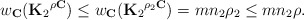
\begin{align*}w_{\mathbf{C}}({\mathbf{K}_2}^{\rho\mathbf{C}})\le w_{\mathbf{C}}({\mathbf{K}_2}^{\rho_2\mathbf{C}})=mn_2\rho_2\le mn_2\rho .\end{align*}